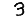
Digit: 3